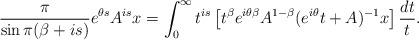
LaTeX: \begin{align*} \frac{\pi}{\sin \pi(\beta + is)} e^{\theta s} A^{is} x = \int_0^\infty t^{is} \left[ t^\beta e^{i\theta \beta} A^{1- \beta} (e^{i\theta} t + A)^{-1} x \right] \frac{dt}{t}.\end{align*}